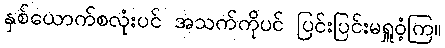
နှစ်ယောက်စလုံးပင် အသက်ကိုပင် ပြင်းပြင်းမရှူဝံ့ကြ။